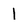
Character: 1